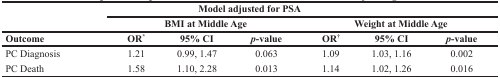
<table><thead><tr><td colspan="7"><b>Model adjusted for PSA</b></td></tr><tr><td></td><td colspan="3"><b>BMI at Middle Age</b></td><td colspan="3"><b>Weight at Middle Age</b></td></tr><tr><td><b>Outcome</b></td><td><b>OR<sup>*</sup></b></td><td><b>95% CI</b></td><td><b><i>p</i>-value</b></td><td><b>OR<sup>†</sup></b></td><td><b>95% CI</b></td><td><b><i>p</i>-value</b></td></tr></thead><tbody><tr><td>PC Diagnosis</td><td>1.21</td><td>0.99, 1.47</td><td>0.063</td><td>1.09</td><td>1.03, 1.16</td><td>0.002</td></tr><tr><td>PC Death</td><td>1.58</td><td>1.10, 2.28</td><td>0.013</td><td>1.14</td><td>1.02, 1.26</td><td>0.016</td></tr></tbody></table>